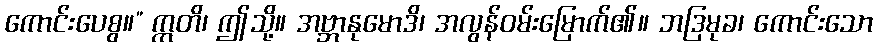
ကောင်းပေစွ။” ဣတိ၊ ဤသို့။ အဗ္ဘာနုမောဒိ၊ အလွန်ဝမ်းမြောက်၏။ ဘဒြမုခ၊ ကောင်းသော